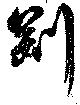
剛